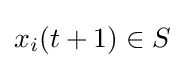
x_{i}(t+1)\in S